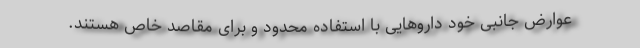
عوارض جانبی خود داروهایی با استفاده محدود و برای مقاصد خاص هستند.